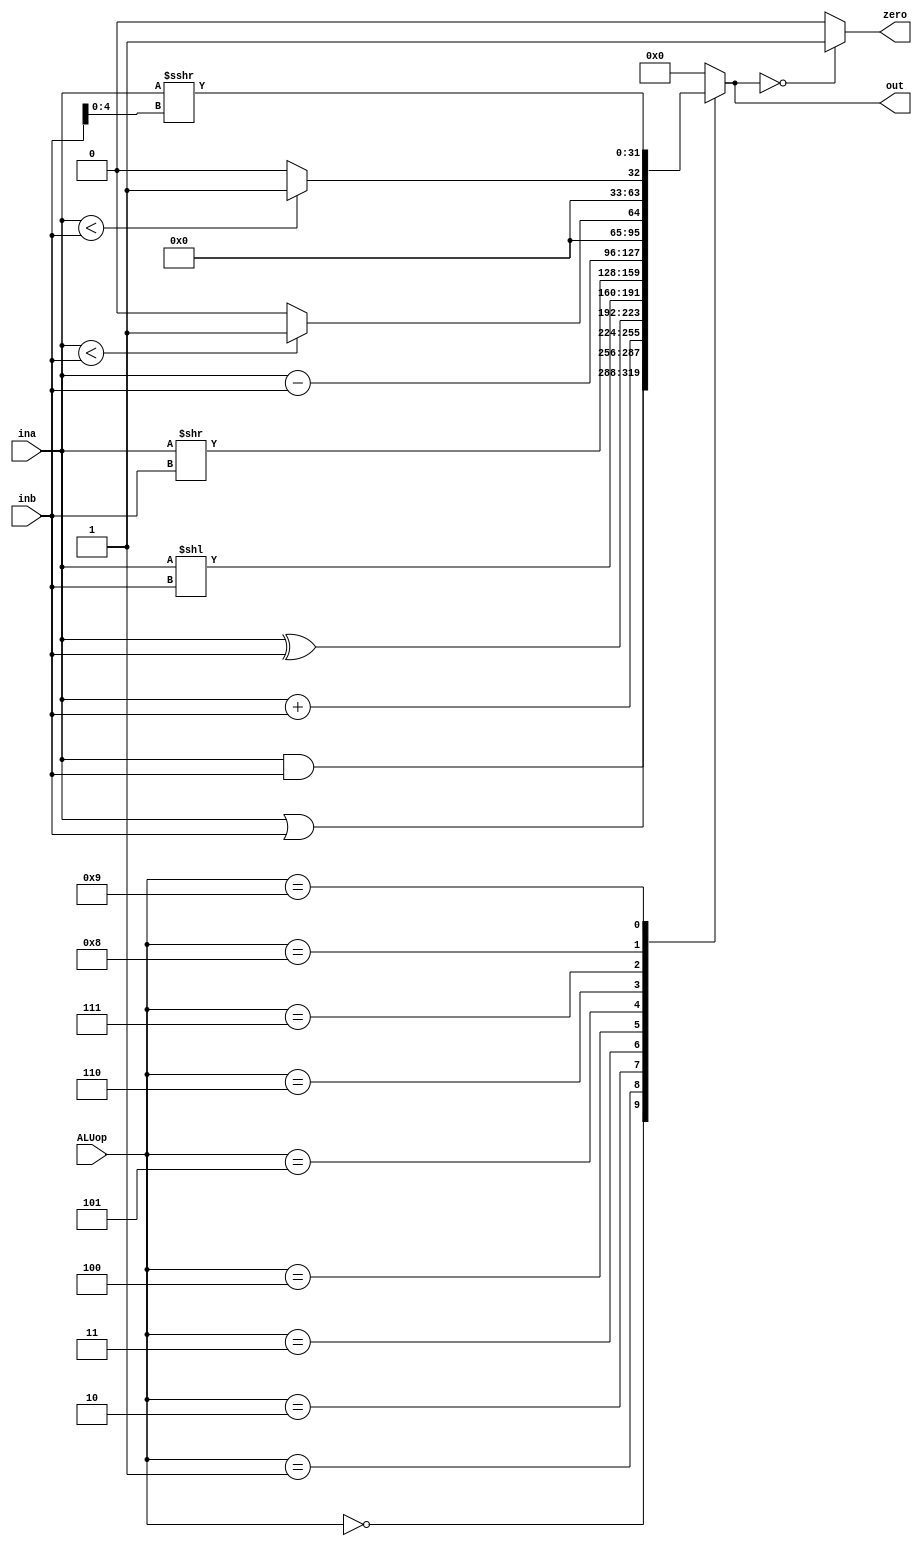
`timescale 1ns / 1ps

module ALU(input [3:0] ALUop,       //ALUinput ce selecteaza operatia
           input [31:0] ina, inb,    //operanzii ce iau parte la operatie
           output zero,             //semnal ce verifica daca rezultatul este 0
           output reg [31:0] out);  //rezultatul operatiei
           
   always@(*)
    begin 
        case(ALUop)
            4'b0000: out <= ina & inb; 
            4'b0001: out <= ina | inb; 
            4'b0010: out <= ina + inb;
            4'b0011: out <= ina ^ inb;
            4'b0100: out <= ina << inb;
            4'b0101: out <= ina >> inb;
            4'b0110: out <= ina - inb;
            4'b0111: out <= (ina < inb) ? 32'b1 : 32'b0;
            4'b1000: out <= ($signed(ina) < $signed(inb)) ? 32'b1 : 32'b0;
            4'b1001: out <= ina >>> inb[4:0];
            default: out <= 32'b0;
        endcase 
    end        
    
    assign zero = (out == 32'b0)? 1'b1 : 1'b0;    
endmodule